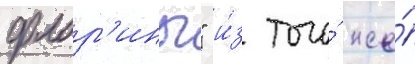
флор'ины" и́з того́ же́